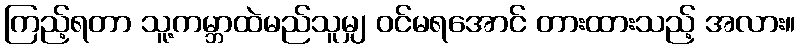
ကြည့်ရတာ သူ့ကမ္ဘာထဲမည်သူမျှ ဝင်မရအောင် တားထားသည့် အလား။